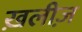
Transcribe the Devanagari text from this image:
ख़लीज़